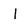
Character: I